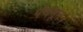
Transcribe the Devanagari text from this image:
पंचभूत।